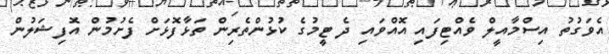
އެވަގުތު އިސްމާއީލް ވެއްޓިފައި އޮއްވައި ދެ ޓީމުގެ ކުޅުންތެރިން ތަޅާފޮޅަށް ފެށުމުން އޮފިޝަލުން